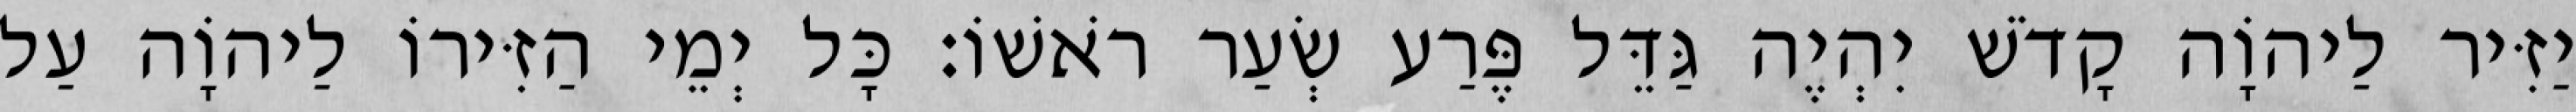
יַזִּיר לַיהוָֹה קָדֹשׁ יִהְיֶה גַּדֵּל פֶּרַע שְׂעַר רֹאשׁוֹ׃ כָּל יְמֵי הַזִּירוֹ לַיהוָֹה עַל